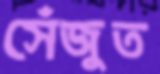
সেঁজুত